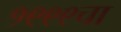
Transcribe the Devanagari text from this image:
१९९९चा